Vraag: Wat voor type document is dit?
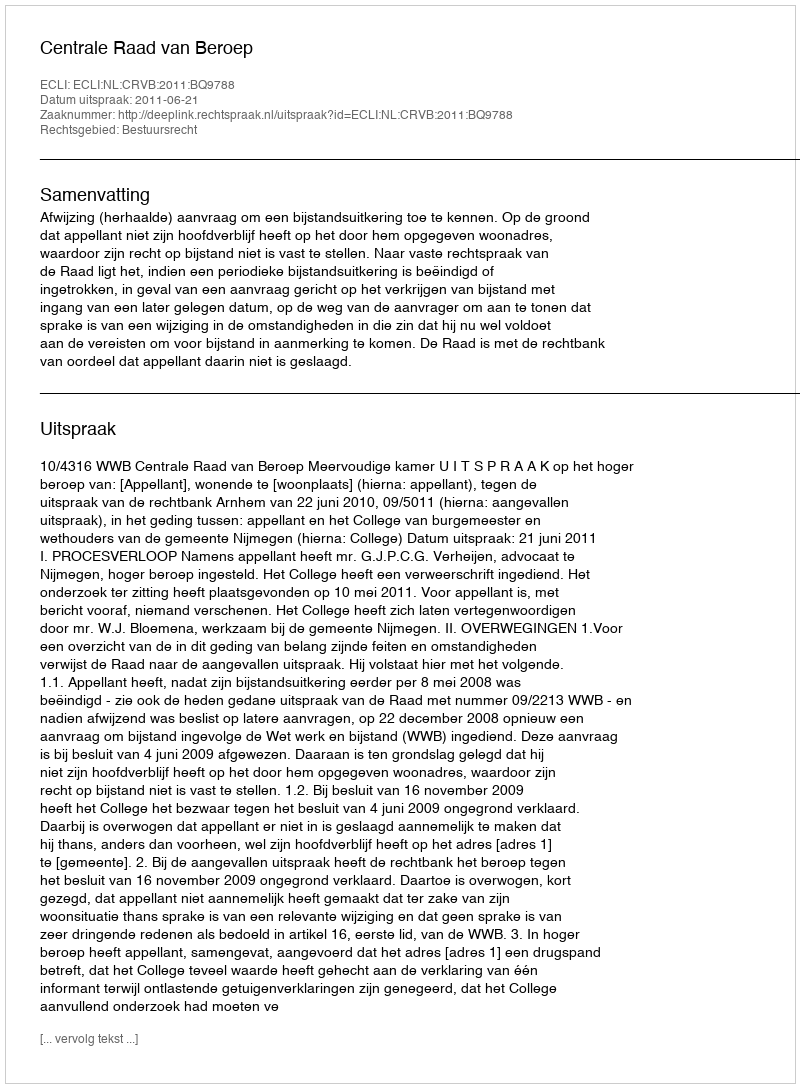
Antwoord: Uitspraak